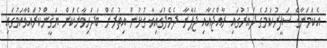
އެކަމަނާގެ ސަފީރުކަމުގެ ދައުރުގައި ރާއްޖެއާއި ޖަޕާނާ ދެމެދުގައިވާ ގުޅުން އިތުރަށް ބަދަހިވާނެކަން ޔަޤީންކުރައްވާކަމުގައި